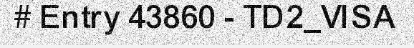
# Entry 43860 - TD2_VISA